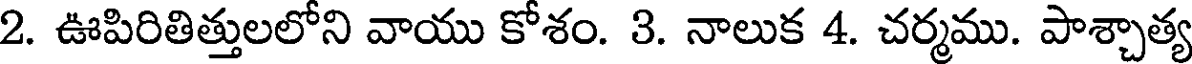
2. ఊపిరితిత్తులలోని వాయు కోశం. 3. నాలుక 4. చర్మము. పాశ్చాత్య